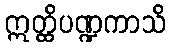
ဣတ္ထိပဏ္ဍကာသိ